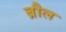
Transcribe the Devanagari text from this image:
ब्रौल